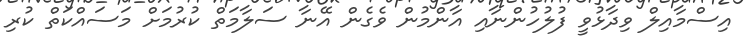
އިސްމާއިލް ވިދާޅުވީ ފުލުހުންނާއި އާންމުން ވެގެން އޭނާ ސަލާމަތް ކުރުމަށް މަސައްކަތް ކުރި